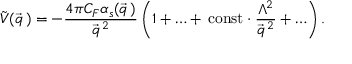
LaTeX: \tilde { V } ( \vec { q } \, ) = - \frac { 4 \pi C _ { F } \alpha _ { s } ( \vec { q } \, ) } { \vec { q } ^ { \, 2 } } \left( 1 + \ldots + \, \mathrm { c o n s t } \cdot \frac { \Lambda ^ { 2 } } { \vec { q } ^ { \, 2 } } + \ldots \right) .